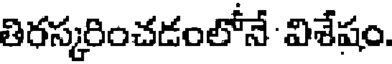
తిరస్కరించడంలోనే విశేషం.